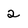
Character: 2